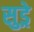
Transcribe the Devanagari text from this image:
सुड्रे